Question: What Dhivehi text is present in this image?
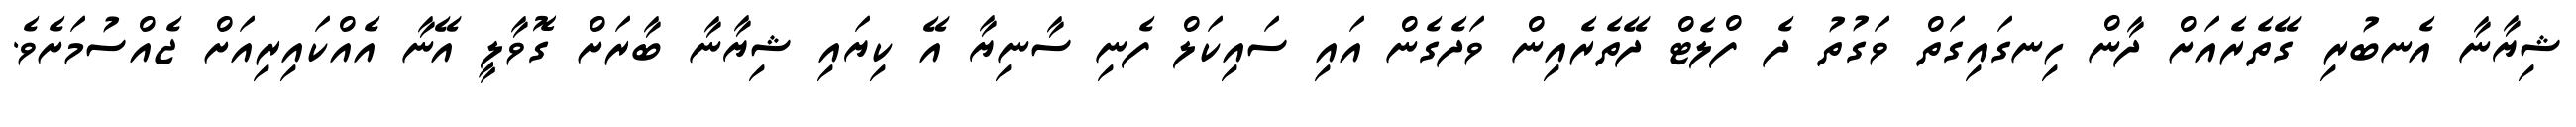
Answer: ޝިޔާނާ އެނބުރި ގޭތެރެއަށް ދާން ހިނގައިގަތް ވަގުތު ދެ ފްލެޓް ދޭތެރެއިން ވަދެގެން އައި ސައިކަލް ފެނި ސާނިޔާ އޭ ކިޔައި ޝިޔާނާ ބާރަށް ގޮވާލީ އޭނާ އެއްކައިރިއަށް ޖެއްސުމަށެވެ.